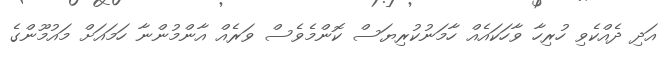
އަދި ދެއްކެވި ހުރިހާ ވާހަކައެއް ހާމަނުކުރިޔަސް ކޮންމެވެސް ވަރެއް އާންމުންނާ ހަމައަށް މައުމޫންގެ